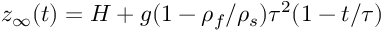
z _ { \infty } ( t ) = H + g ( 1 - \rho _ { f } / \rho _ { s } ) \tau ^ { 2 } ( 1 - t / \tau )